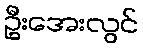
ဦးအေးလွင်